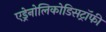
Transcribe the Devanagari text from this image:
एड्रेनोलिकोडिसट्रॉफी